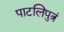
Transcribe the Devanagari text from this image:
पाटलिपुत्रं